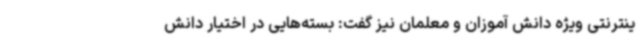
ینترنتی ویژه دانش آموزان و معلمان نیز گفت: بسته‌هایی در اختیار دانش